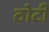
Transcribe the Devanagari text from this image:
ठोटी